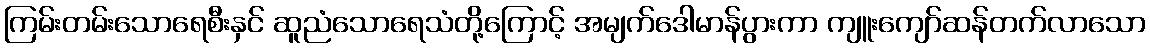
ကြမ်းတမ်းသောရေစီးနှင် ဆူညံသောရေသံတို့ကြောင့် အမျက်ဒေါမာန်ပွားကာ ကျူးကျော်ဆန်တက်လာသော